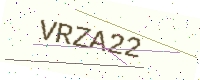
Text: VRZA22